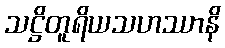
သဋ္ဌိတူရိယသဟဿာနိ